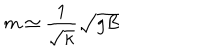
m \simeq \frac { 1 } { \sqrt { \kappa } } \sqrt { g B }